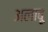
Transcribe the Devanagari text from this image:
अलाबू